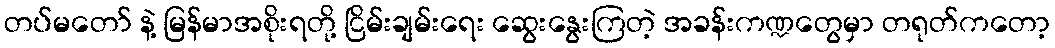
တပ်မတော် နဲ့ မြန်မာအစိုးရတို့ ငြိမ်းချမ်းရေး ဆွေးနွေးကြတဲ့ အခန်းကဏ္ဍတွေမှာ တရုတ်ကတော့